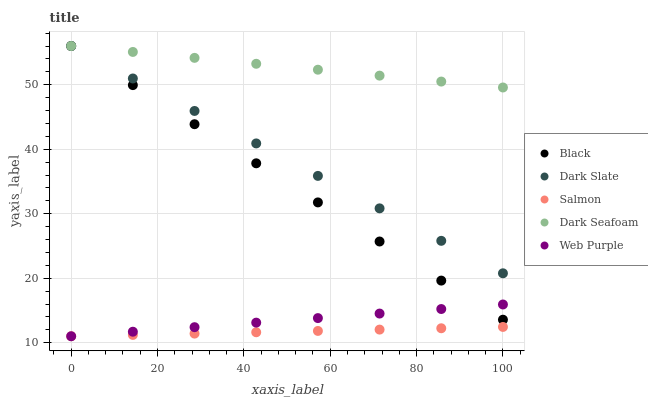
| xaxis_label | Black | Dark Slate | Salmon | Dark Seafoam | Web Purple |
 | --- | --- | --- | --- | --- | --- |
 | 0 | 56 | 56 | 11 | 56 | 11 |
 | 14.3 | 49.9 | 51 | 11.2 | 55.1 | 11.7 |
 | 28.6 | 43.9 | 45.9 | 11.4 | 54.2 | 12.4 |
 | 42.9 | 37.8 | 40.9 | 11.6 | 53.2 | 13.1 |
 | 57.1 | 31.8 | 35.9 | 11.8 | 52.3 | 13.8 |
 | 71.4 | 25.7 | 30.8 | 12 | 51.4 | 14.5 |
 | 85.7 | 19.6 | 25.8 | 12.2 | 50.5 | 15.2 |
 | 100 | 13.6 | 20.8 | 12.4 | 49.6 | 15.9 |